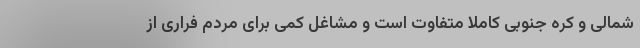
شمالی و کره جنوبی کاملا متفاوت است و مشاغل کمی برای مردم فراری از